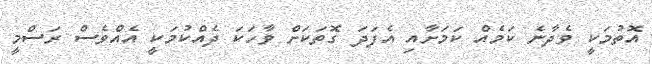
އޮތުމަކީ ވެދާނެ ކަމެއް ކަމަށާއި އެފަދަ ގޮތަކަށް ވާހަކަ ދެއްކުމަކީ އެއްވެސް ރަސްމީ